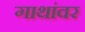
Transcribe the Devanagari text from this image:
गाथांवर